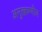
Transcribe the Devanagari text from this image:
अनुत्क्रम्णीय